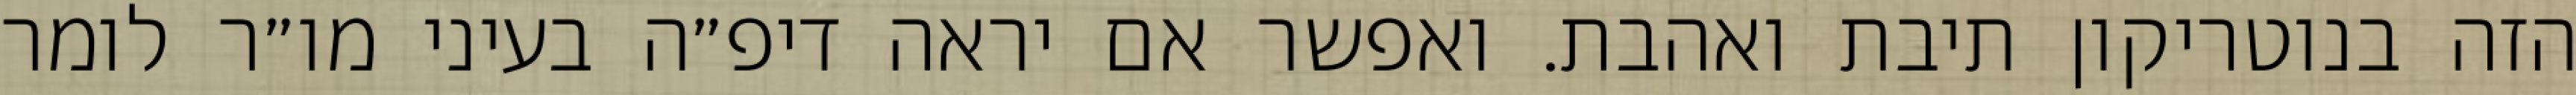
הזה בנוטריקון תיבת ואהבת. ואפשר אם יראה דיפ״ה בעיני מו״ר לומר